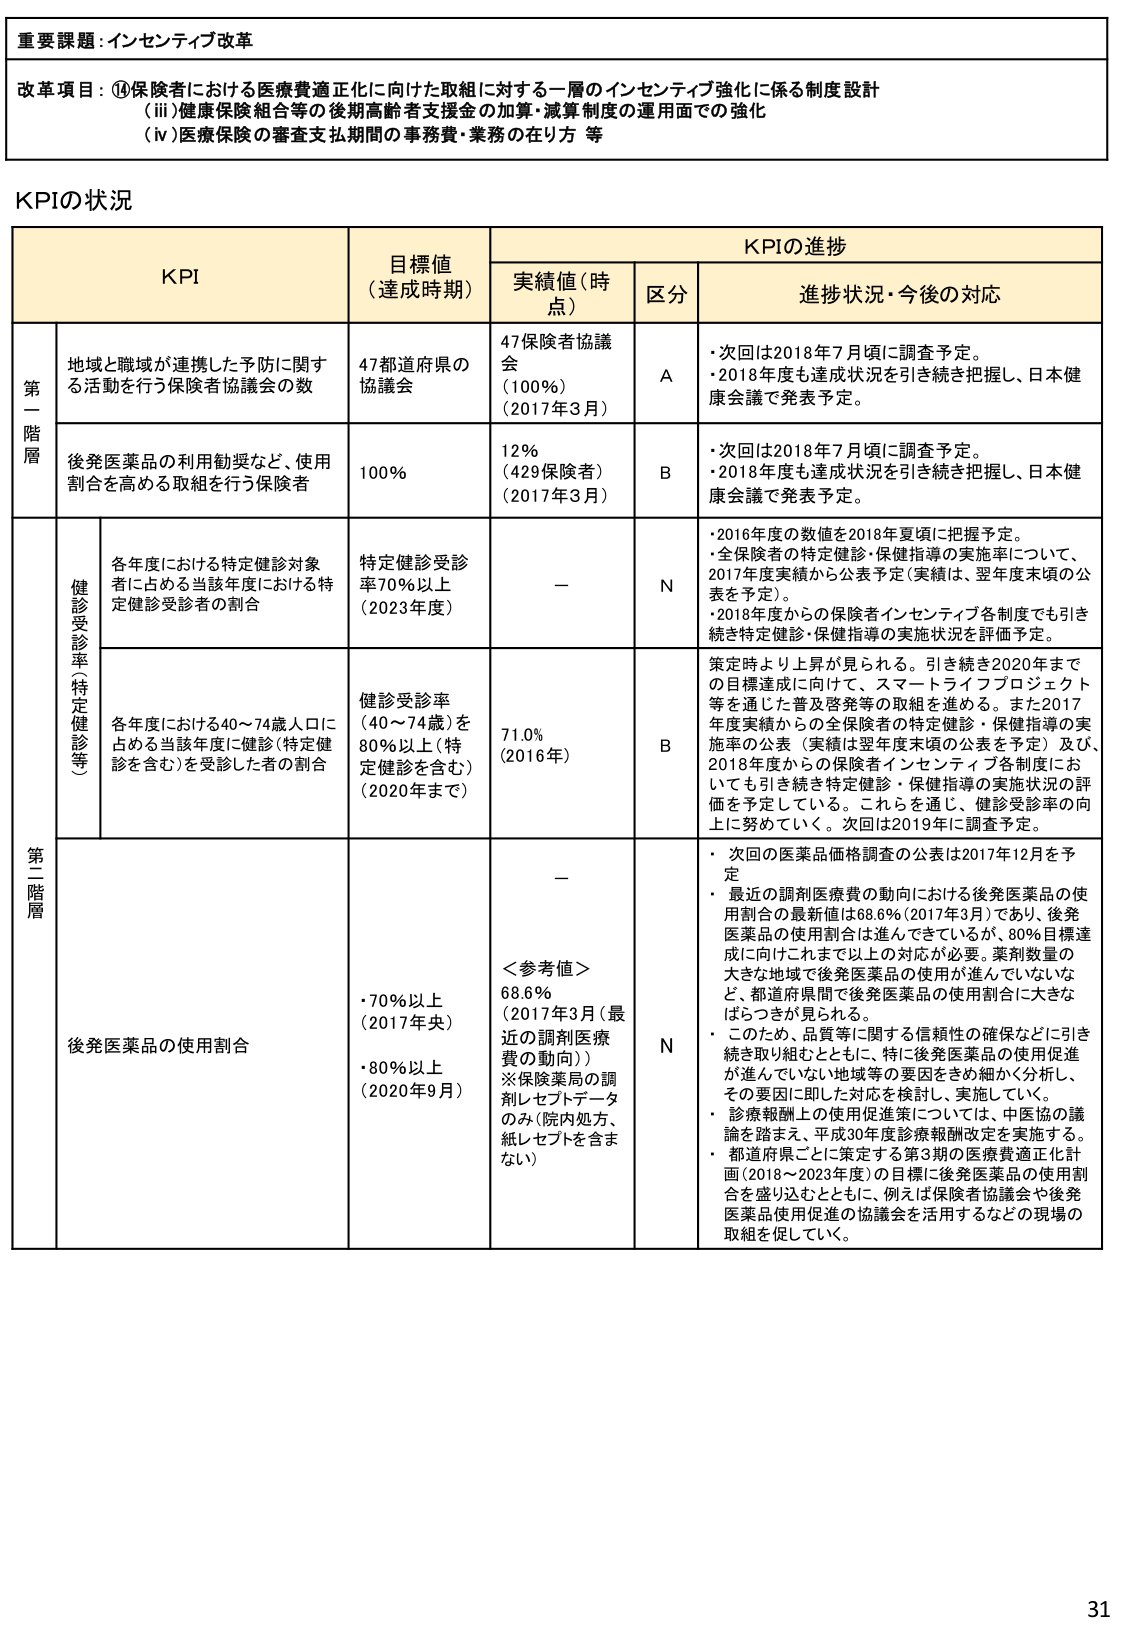
重要課題：インセンティブ改革

改革項目：⑭保険者における医療費適正化に向けた取組に対する一層のインセンティブ強化に係る制度設計
（ⅲ）健康保険組合等の後期高齢者支援金の加算・減算制度の運用面での強化
（ⅳ）医療保険の審査支払期間の事務費・業務の在り方等

KPIの状況

KPI 目標値（達成時期） KPIの進捗
実績値（時点） 区分 進捗状況・今後の対応

第一階層
地域と職域が連携した予防に関する活動を行う保険者協議会の数 47都道府県の協議会 47保険者協議会（100%）（2017年3月） A ・次回は2018年7月頃に調査予定。
・2018年度も達成状況を引き続き把握し、日本健康会議で発表予定。

後発医薬品の利用勧奨など、使用割合を高める取組を行う保険者 100% 12%（429保険者）（2017年3月） B ・次回は2018年7月頃に調査予定。
・2018年度も達成状況を引き続き把握し、日本健康会議で発表予定。

第二階層
健診受診率（特定健診等）
各年度における特定健診対象者に占める当該年度における特定健診受診者の割合 特定健診受診率70%以上（2023年度） — N ・2016年度の数値を2018年夏頃に把握予定。
・全保険者の特定健診・保健指導の実施率について、2017年度実績から公表予定（実績は、翌年度末頃の公表を予定）。
・2018年度からの保険者インセンティブ各制度でも引き続き特定健診・保健指導の実施状況を評価予定。

各年度における40～74歳人口に占める当該年度に健診（特定健診を含む）を受診した者の割合 健診受診率（40～74歳）を80%以上（特定健診を含む）（2020年まで） 71.0%（2016年） B 策定時より上昇が見られる。引き続き2020年までの目標達成に向けて、スマートライフプロジェクト等を通じた普及啓発等の取組を進める。また2017年度実績からの全保険者の特定健診・保健指導の実施率の公表（実績は翌年度末頃の公表を予定）及び、2018年度から全保険者インセンティブ各制度においても引き続き特定健診・保健指導の実施状況の評価を予定している。これらを通じ、健診受診率の向上に努めていく。次回は2019年に調査予定。

後発医薬品の使用割合 ＜参考値＞68.6%（2017年3月（最近の調剤医療費の動向））※保険薬局の調剤レセプトデータのみ（院内処方、紙レセプトを含まない） — N ・次回の医薬品価格調査の公表は2017年12月を予定
・最近の調剤医療費の動向における後発医薬品の使用割合の最新値は68.6%（2017年3月）であり、後発医薬品の使用割合は進んできているが、80%目標達成に向けこれまで以上の対応が必要。薬剤数量の大きな地域で後発医薬品の使用が進んでいないなど、都道府県間で後発医薬品の使用割合に大きなばらつきが見られる。
・このため、品質等に関する信頼性の確保などに引き続き取り組むとともに、特に後発医薬品の使用促進が進んでいない地域等の要因をきめ細かく分析し、その要因に即した対応を検討し、実施していく。
・診療報酬上の使用促進策については、中医協の議論を踏まえ、平成30年度診療報酬改定を実施する。
・都道府県ごとに策定する第3期の医療費適正化計画（2018～2023年度）の目標に後発医薬品の使用割合を盛り込むとともに、例えば保険者協議会や後発医薬品使用促進の協議会を活用するなどの現場の取組を促していく。

31